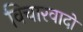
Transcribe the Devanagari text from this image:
विचारवादों